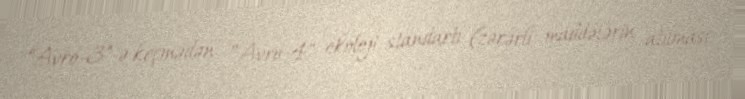
“Avro-3"-ə keçmədən ”Avro-4" ekoloji standartı (zərərli maddələrin atılması